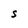
Character: S